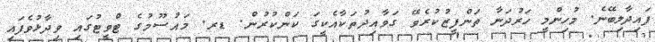
ފައިދާލިބޭނެ. މުހިންމީ ހަރުދަނާ ތަންފީޒުކުރެވޭ ގަވާއިދުތަކާއެކީގަ ކަންކުރުން. ޑރ. މައުސޫމުގެ ޓްވީޓުގައި ވިދާޅުވެފައި